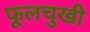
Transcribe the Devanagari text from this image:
फूलचुखी